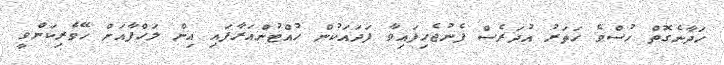
ހަދާނެގޮތް ހުސްވެ ހަތަރު އުދަރެސް ފެނުޖެހިފައިވާ ފަދައަކުން ހުއްޓުންއަރާފައި އިން ލަހްފާއަށް ހޭވެރިކަންވީ